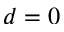
d = 0